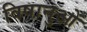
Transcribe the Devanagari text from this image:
विषानुओं